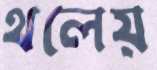
থলেয়